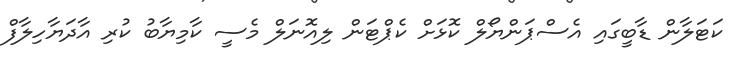
ކަޓަލާން ޑާބީގައި އެސްޕަންޔޯލް ކޮޅަށް ކެޕްޓަން ލިއޮނަލް މެސީ ކާމިޔާބު ކުރި އާދަޔާހިލާފް